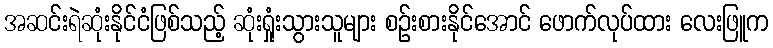
အဆင်းရဲဆုံးနိုင်ငံဖြစ်သည့် ဆုံးရှုံးသွားသူများ စဉ်းစားနိုင်အောင် ဖောက်လုပ်ထား လေးဖြူက